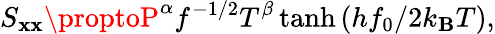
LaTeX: S_{\mathbf{x}\mathbf{x}}\proptoP^{\alpha}f^{-1/2}T^{\beta}\operatorname{tanh}\left(hf_{0}/2k_{\mathbf{B}}T\right),